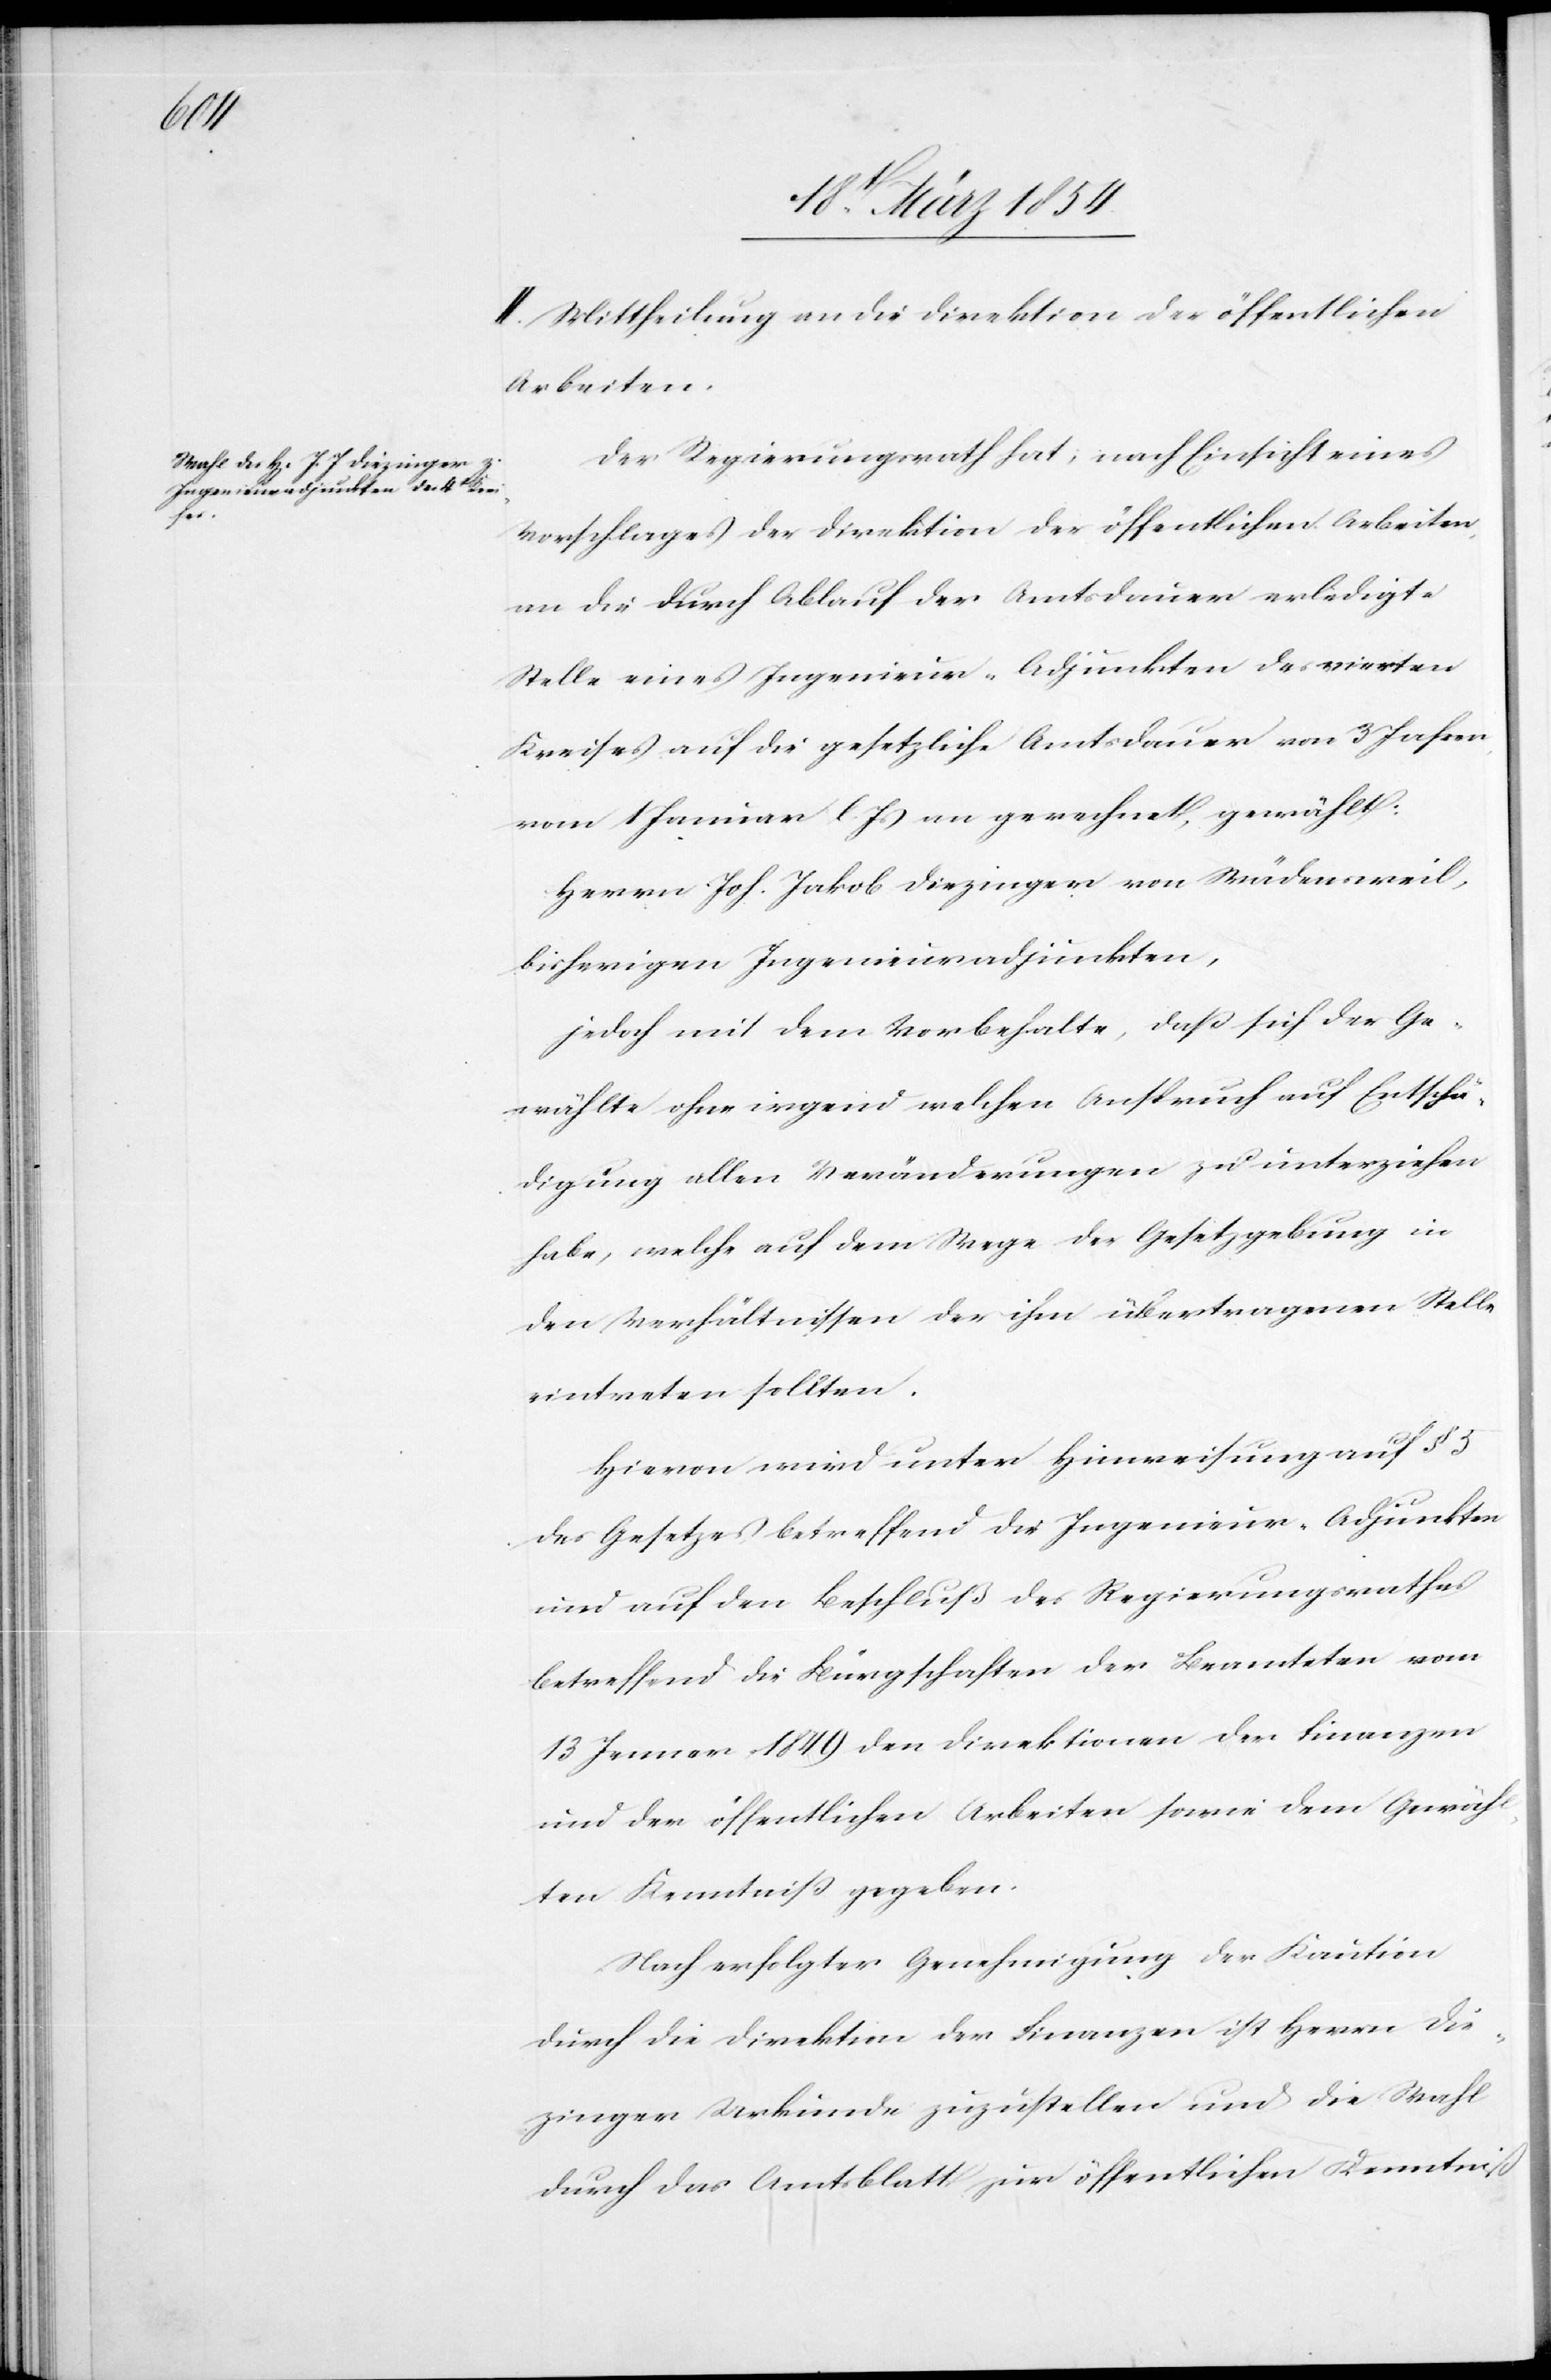
II. Mittheilung an die Direktion der öffentlichen
Arbeiten.
Der Regierungsrath hat, nach Einsicht eines
Vorschlages der Direktion der öffentlichen Arbeiten,
an die durch Ablauf der Amtsdauer erledigte
Stelle eines Ingenieur-Adjunkten des vierten
Kreises auf die gesetzliche Amtsdauer von 3 Jahren,
vom 1 Januar l. Js an gerechnet, gewählt:
Herrn Joh. Jakob Diezinger von Wädensweil,
bisherigen Ingenieuradjunkten,
jedoch mit dem Vorbehalte, daß sich der ge¬
wählte ohne irgend welchen Anspruch auf Entschä¬
digung allen Veränderungen zu unterziehen
habe, welche auf dem Wege der Gesetzgebung in
den Verhältnissen der ihm übertragenen Stelle
eintreten sollten.
Hievon wird unter Hinweisung auf §
des Gesetzes betreffend der Ingenieur-Adjunkten
und auf den Beschluß des Regierungsrathes
betreffend die Bürgschaften der Beamteten vom
13. Jenner 1849 den Direktionen der Finanzen
und der öffentlichen Arbeiten sowie dem Gewähl¬
ten Kenntniß gegeben.
Nach erfolgter Genehmigung der Kaution
durch die Direktion der Finanzen ist Herrn Die¬
zinger Urkunde zuzustellen und die Wahl
durch das Amtsblatt zur öffentlichen Kenntniß